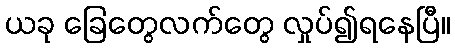
ယခု ခြေတွေလက်တွေ လှုပ်၍ရနေပြီ။